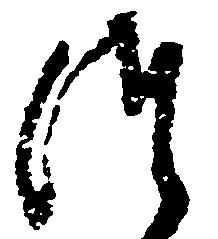
つ